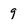
Character: 9